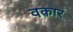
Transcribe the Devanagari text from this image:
वक़ार